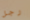
رجل